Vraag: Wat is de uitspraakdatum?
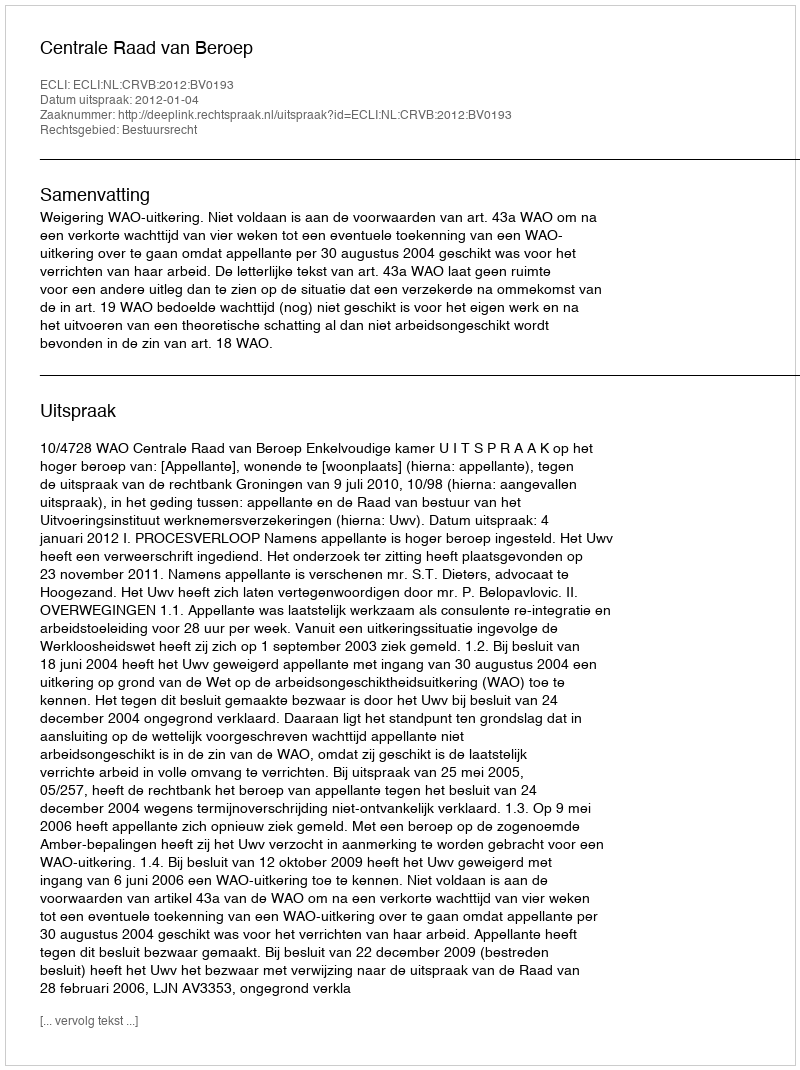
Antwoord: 2012-01-04